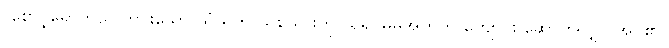
(စောင့်ရှောက်သူ ကင်းသော သံဃိက သစ်သားကို ယူ၍ မိမိအတွက် ကျောင်း ဆောက်လျှင် အပ်၏။